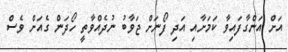
އަށް އަންގާފައިވާ ކަމަށާއި އަދި ފޯނަށް ޖަވާބު ނުދެއްވާތީ ހޯދަން ގެއަށް ވެސް